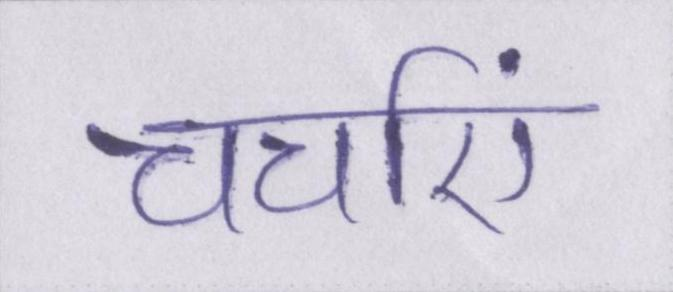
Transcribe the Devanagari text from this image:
चर्चाएं